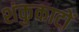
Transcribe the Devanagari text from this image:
शंकुकाटों